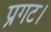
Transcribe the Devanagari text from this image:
प्रगट।